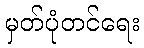
မှတ်ပုံတင်ရေး